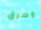
وسرق